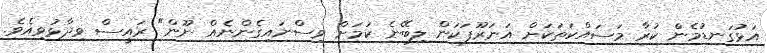
އަޅުގަނޑުމެން ކުރާ މަސައްކަތަކަށް އަނަރޫފަކަން ލިބޭނެ ކަމަށް ވިސްނައިގެންނެއް ނޫން" ރައީސް ވިދާޅުވިއެވެ.